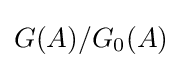
G(A)/G_{0}(A)